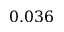
0 . 0 3 6